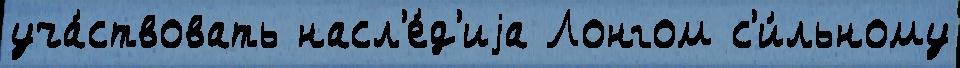
уча́ствовать насл'е́д'иjа Лонгом с'и́льному